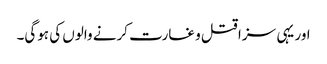
اور یہی سزا قتل و غارت کرنے والوں کی ہوگی۔